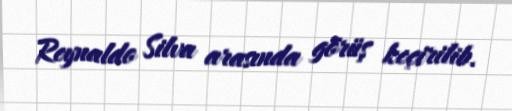
Reynaldo Silva arasında görüş keçirilib.